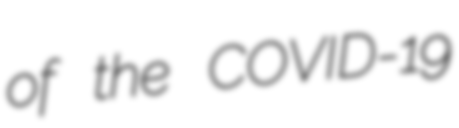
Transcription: of the COVID-19